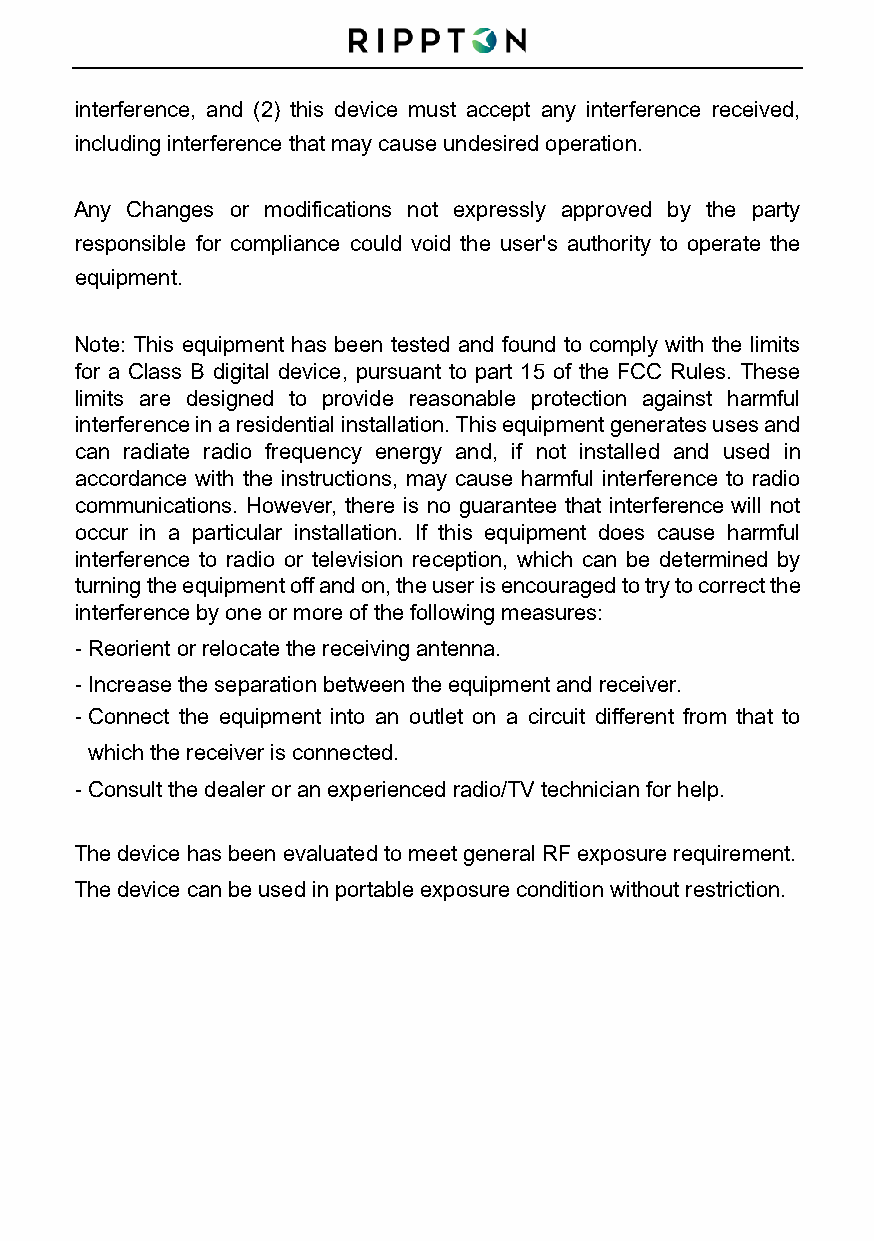
interference, and (2) this device must accept any interference received,
 including interference that may cause undesired operation.
 Any Changes or modifications not expressly approved by the party
 responsible for compliance could void the user's authority to operate the
 equipment.
 Note: This equipment has been tested and found to comply with the limits
 for a Class B digital device, pursuant to part 15 of the FCC Rules. These
 limits are designed to provide reasonable protection against harmful
 interference in a residential installation. This equipment generates uses and
 can radiate radio frequency energy and, if not installed and used in
 accordance with the instructions, may cause harmful interference to radio
 communications. However, there is no guarantee that interference will not
 occur in a particular installation. If this equipment does cause harmful
 interference to radio or television reception, which can be determined by
 turning the equipment off and on, the user is encouraged to try to correct the
 interference by one or more of the following measures:
 - Reorient or relocate the receiving antenna.
 - Increase the separation between the equipment and receiver.
 - Connect the equipment into an outlet on a circuit different from that to
 which the receiver is connected.
 - Consult the dealer or an experienced radio/TV technician for help.
 The device has been evaluated to meet general RF exposure requirement.
 The device can be used in portable exposure condition without restriction.